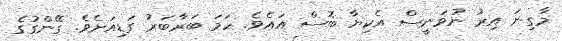
މާގިނަ އިރު ނުވަނީސް އެކިޔާ ބޮސް އައެވެ. ހަމަ ބަރާބަރު ގަޑިއަށެވެ. ގޭންގުގެ